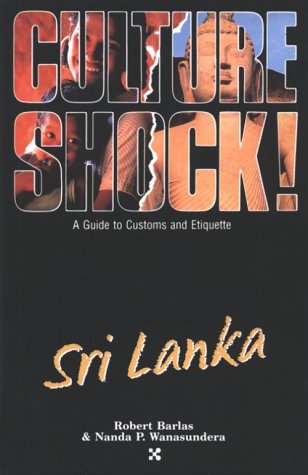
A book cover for Culture Shock! Sri Lanka: A Guide to Customs and Etiquette; Robert Barlas; Travel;